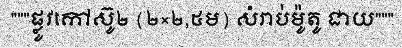
"""ផ្លូវកៅស៊ូ២ (២×២,៥ម) សំរាប់ម៉ូតូ ជាយ"""